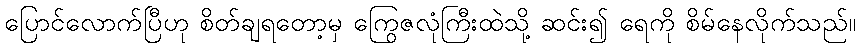
ပြောင်လောက်ပြီဟု စိတ်ချရတော့မှ ကြွေဇလုံကြီးထဲသို့ ဆင်း၍ ရေကို စိမ်နေလိုက်သည်။